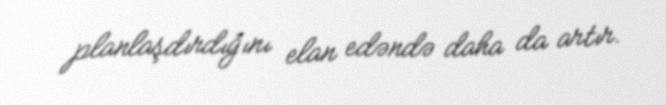
planlaşdırdığını elan edəndə daha da artır.